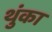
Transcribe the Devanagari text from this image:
थुंका